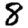
Digit: 8